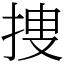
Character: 捜